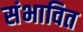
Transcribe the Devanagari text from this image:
संभावित